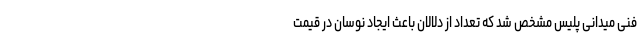
فنی میدانی پلیس مشخص شد که تعداد از دلالان باعث ایجاد نوسان در قیمت